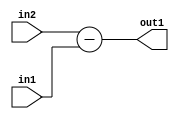
`timescale 1ps / 1ps
/*****************************************************************************
    Verilog RTL Description
    
    
    Created by: Stratus DpOpt 2019.1.01 
*******************************************************************************/

module fix2float_Sub_8Sx8U_8S_4_2 (
	in2,
	in1,
	out1
	); /* architecture "behavioural" */ 
input [7:0] in2,
	in1;
output [7:0] out1;
wire [7:0] asc001;

assign asc001 = 
	+(in2)
	-(in1);

assign out1 = asc001;
endmodule

/* CADENCE  urf4Twg= : u9/ySgnWtBlWxVPRXgAZ4Og= ** DO NOT EDIT THIS LINE ******/